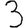
Digit: 3